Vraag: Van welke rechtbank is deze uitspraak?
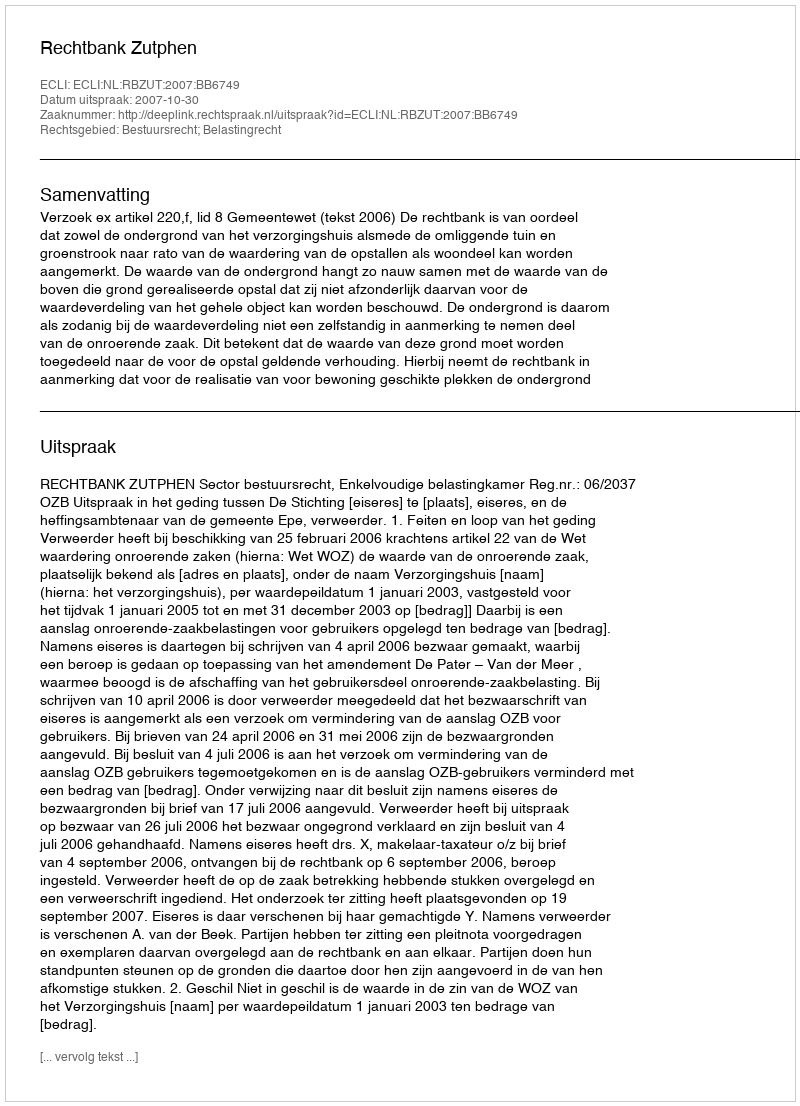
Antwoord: Rechtbank Zutphen